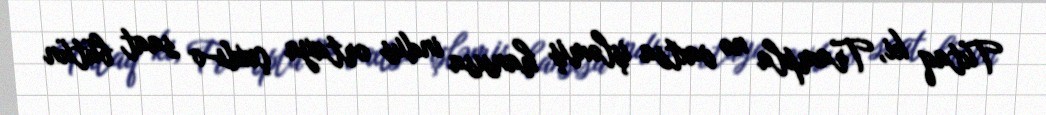
Tutaq ki, Trampla nə vaxtsa işləmiş hansısa indus ortaya çıxdı-o saat bütün